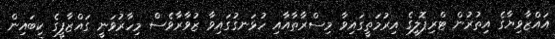
އައްޒާވިޔާގެ އިތުރުން ޓްރިޕޮލީގެ އިރުމަތީގައިވާ މިސްރާތާއާއި ހުޅަނގުގައިވާ ޒުވާރާވެސް މިހާރުވަނީ ގައްޒާފީގެ ކިބައިން